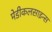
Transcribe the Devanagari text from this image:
मेडीकलसाइन्स